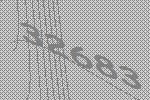
32683